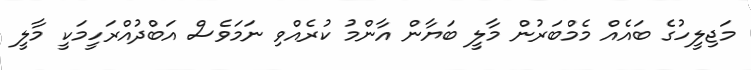
މަޖިލީހުގެ ބައެއް މެމްބަރުން މާލީ ބަޔާން އާންމު ކުރެއްވި ނަމަވެސް އަބްދުއްރަހީމަކީ މާލީ